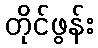
တိုင်ဖွန်း